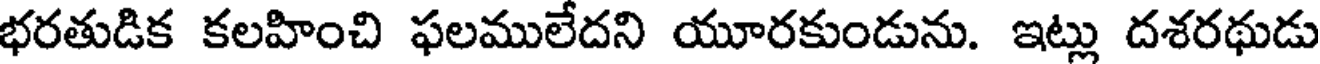
భరతుడిక కలహించి ఫలములేదని యూరకుండును. ఇట్లు దశరథుడు